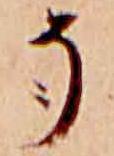
そ